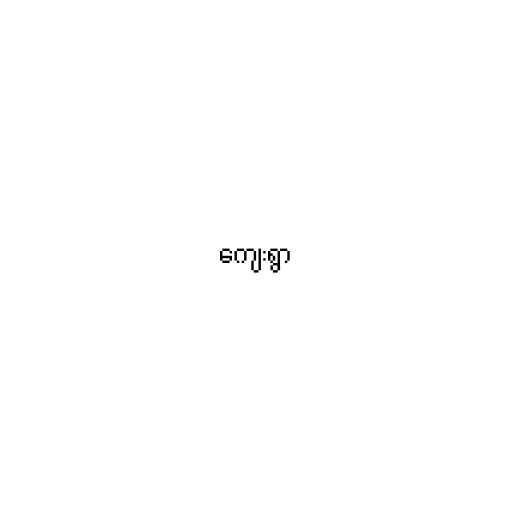
ကျေးရွာ